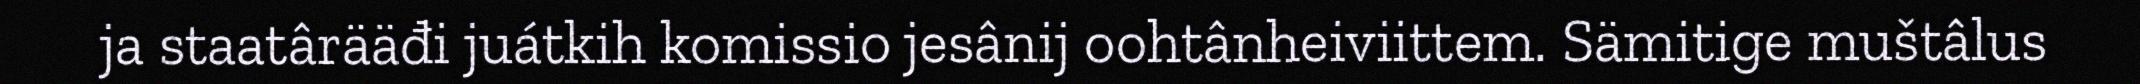
ja staatârääđi juátkih komissio jesânij oohtânheiviittem. Sämitige muštâlus